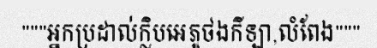
"""អ្នកប្រដាល់ក្លិបអេភូថងកីឡា,លំពែង"""